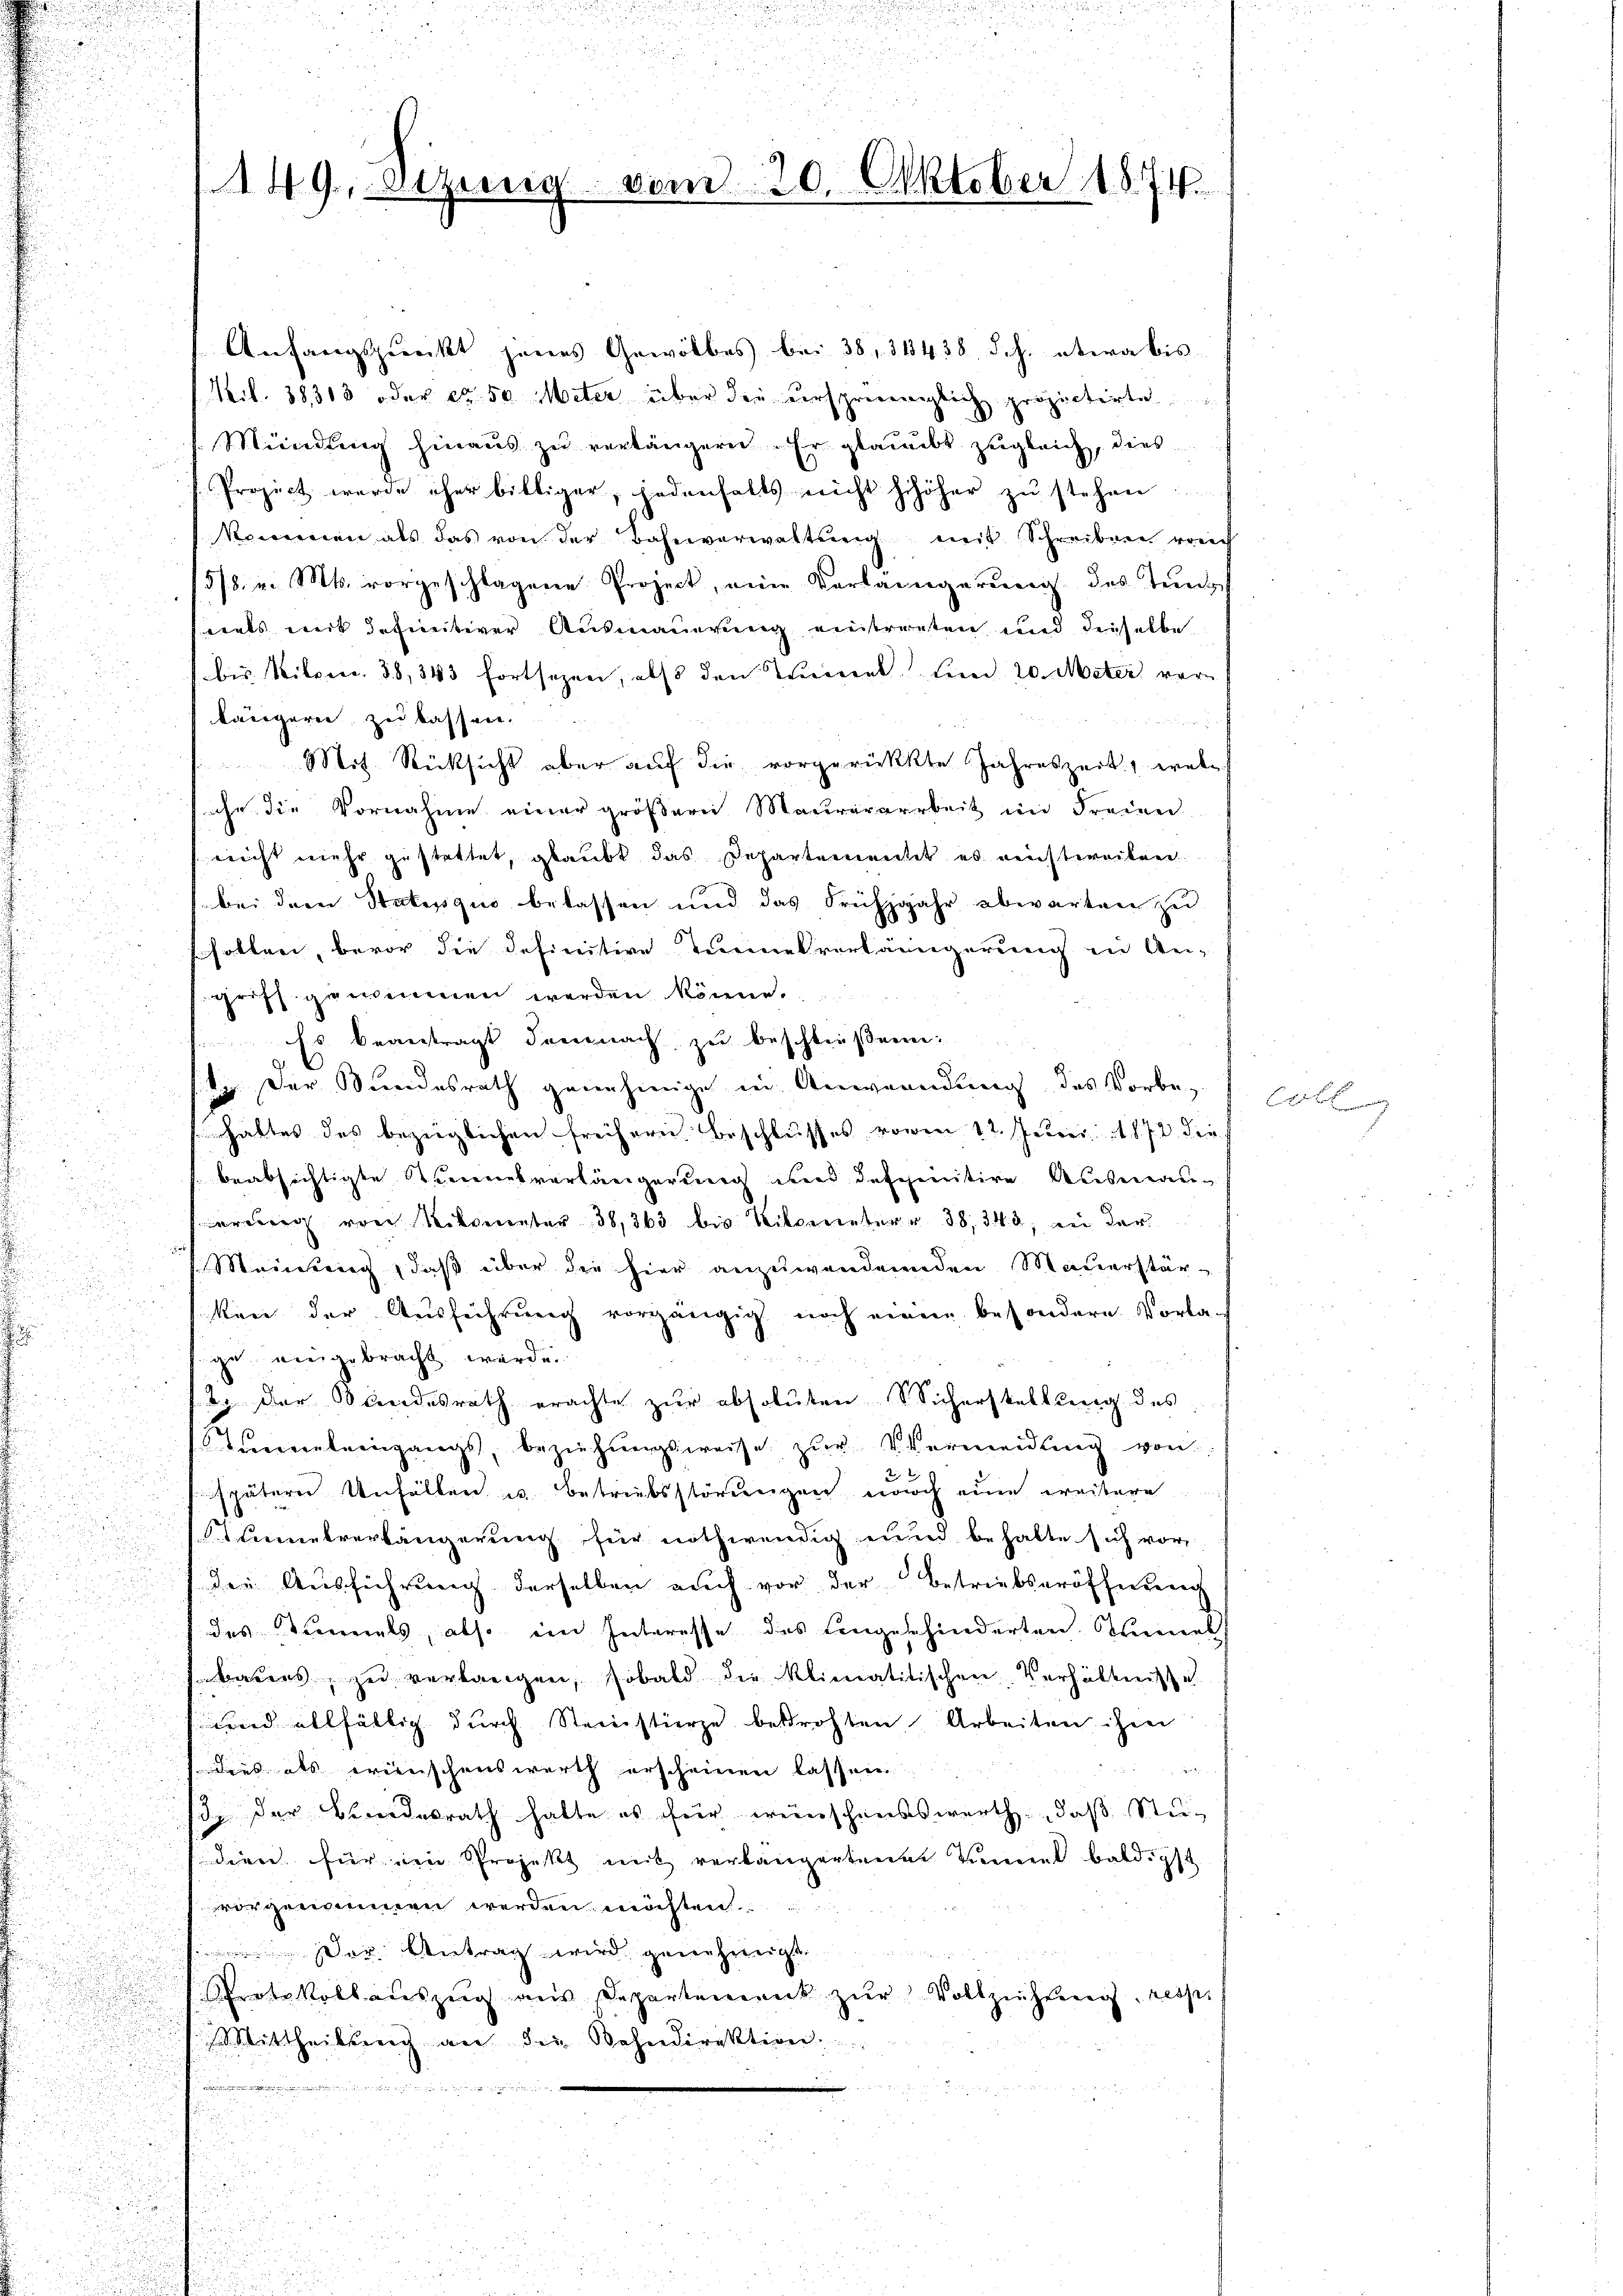
Anfangspunckt jenes Gewölbes bei 38, 31438, d.h. etwa bis
Mil. 38,313 oder ca. 50 Miter über die urspreceweglich projectirte
Mündung hinaus zu verlängern. Er glaubt zugleich, dies
Project werde eher billiger, jedenfalls nicht schöher zŭ stehen.
kommen als das von der Bahnverwaltŭng mit Schreibere reich
5/8. v. Mts. vorgeschlagene Project, eine Vorlängerung des Tunmals mit definitiver Ausmauerung eintreten und dieselbe,
bis Mitpec. 38, 343 fortsezen, also den Trient Lein 20. Meter vorlängern zu lassen.
Mit Rücksicht aber auf die vorgerückte Jahreszeit, welsche die Vornahme einer größern Maurerarbeit im Freien
nicht mehr gestettet, glaubt das Departementit es reichtweilen
bei dem Status quo belassen und das Frühjahr abwarten zu
u
sholten, bevor die definitive Turinetvorlängerung in An-
griff genommen werden könne.
Es beantragt demnach zu beschließenen:
. Der Bundesrath genehmige in Anwendung des Vorbe-
hattes des bezüglichen freihern Beschlusses vom 12. Juni 1872 die
 beabsichtigte Tannesverlängerung und definitive Ausman-
erung von Nikometer 38,363 bis Miterunter 38, 348, in der
h
Meinung, daß über die hier anzuwendenenden Mauerstär¬
.
i
ken der Ausführung vorgängig noch einen besondern Vorla-

u
ge eingebracht werde.
2
2

b. der Standesrath erachte zur absoluten Sicherstellung des

Tempeleingangs, beziehungsweise zur Vermeidung von
u
sspäterer Unfällen u. Betriebsstörungen noch eine weitere
e
Mietverlängerung für nothwendig und behalte sich vor
u
der Ausführung derselben auch vor der Betriebseröffnung

des Vernials, also im Interesse des Eingeschinderten Meines
barens, zu verlangen, sobald die klimatitischen Verhältnisse
wird allfällig durch Steinstürze bedrohten Arbeiten ihm
dies als erienischenswerth erscheinen lassen

13. der Bundesrath hatte es für wünschenswerth, daß Studien für ein Projekt mit verlängerten Tonnel baldigst
vorgenommen werden möchten
Der Antrag wird genehmigt.
tratskollauszug aus Departement zur Vollziehung, resp
Mittheilung an die Bahndirektion.
e
d

149. Sitzung

vom 20. Oktober 1874.

Erst